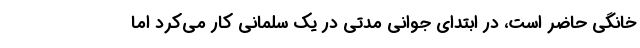
خانگی حاضر است، در ابتدای جوانی مدتی در یک سلمانی کار می‌کرد اما